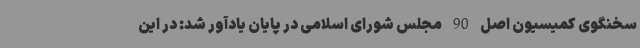
سخنگوی کمیسیون اصل 90 مجلس شورای اسلامی در پایان یادآور شد: در این